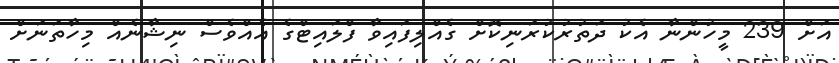
އަށް 239 މީހުންނާ އެކު ދަތުރުކުރަނިކޮށް ގެއްލިފައިވާ ފްލައިޓްގެ އެއްވެސް ނިޝާނެއް މިހާތަނަށް